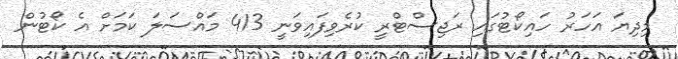
މިދިޔަ އަހަރު ހައިކޯޓުގައި ރަޖިސްޓްރީ ކުރެވިފައިވަނީ 413 މައްސަލަ ކަމަށް އެ ކޯޓުން